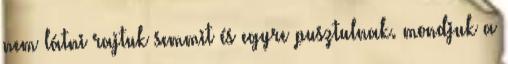
nem látni rajtuk semmit és egyre pusztulnak. mondjuk a